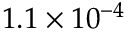
1 . 1 \times 1 0 ^ { - 4 }